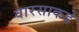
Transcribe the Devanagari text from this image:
वारसाकडे